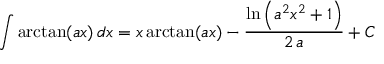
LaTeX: \int \arctan ( a x ) \, d x = x \arctan ( a x ) - { \frac { \ln \left( a ^ { 2 } x ^ { 2 } + 1 \right) } { 2 \, a } } + C